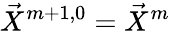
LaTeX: \vec{X}^{m+1,0}=\vec{X}^{m}